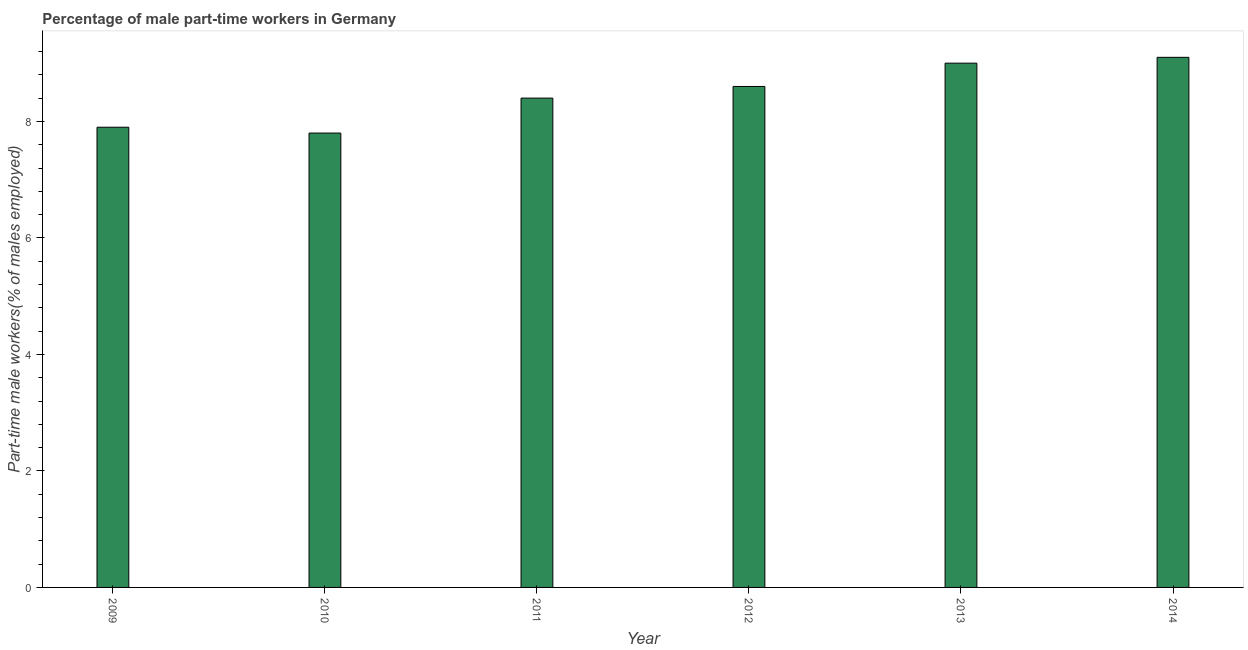
| Year | Part time employment |
 | --- | --- |
 | 2009 | 7.9 |
 | 2010 | 7.8 |
 | 2011 | 8.4 |
 | 2012 | 8.6 |
 | 2013 | 9 |
 | 2014 | 9.1 |